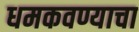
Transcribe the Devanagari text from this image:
धमकवण्याचा